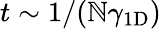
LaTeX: t\sim1/(\mathbb{N}\gamma_{\mathrm{{1D}}})